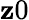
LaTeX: \mathbf{z}0